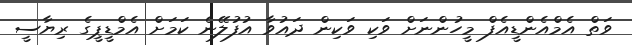
ވަތް އެމްއެންޑީއެފް މީހުންނަށް ވަކި ވަކިން ދައުވާ އުފުލޭނެ ކަމަށް އެމްޑީޕީގެ ރިޔާސީ